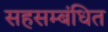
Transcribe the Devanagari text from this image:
सहसम्बंधित